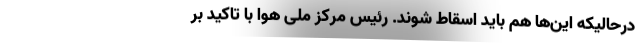
درحالیکه این‌ها هم باید اسقاط شوند. رئیس مرکز ملی هوا با تاکید بر